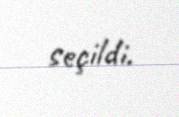
seçildi.